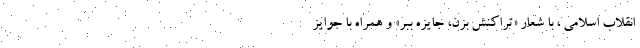
انقلاب اسلامی ، با شعار «تراکنش بزن، جایزه ببر» و همراه با جوایز